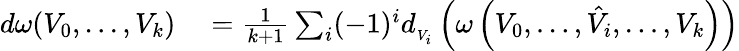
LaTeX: \begin{array}{rl}{d\omega(V_{0},...,V_{k})}&{{}={\frac{1}{k+1}}\sum_{i}(-1)^{i}d_{{}_{V_{i}}}\left(\omega\left(V_{0},\ldots,{\hat{V}}_{i},\ldots,V_{k}\right)\right)}\end{array}